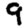
Digit: 9